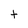
Character: t